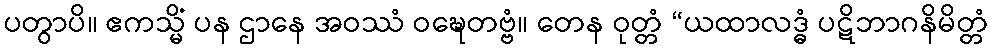
ပတွာပိ။ ဧကသ္မိံ ပန ဌာနေ အဝဿံ ဝဍ္ဎေတဗ္ဗံ။ တေန ဝုတ္တံ “ယထာလဒ္ဓံ ပဋိဘာဂနိမိတ္တံ